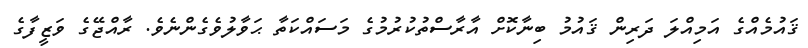
ޤައުމެއްގެ އަމިއްލަ ދަރިން ޤައުމު ބިނާކޮށް އާރާސްތުކުރުމުގެ މަސައްކަތާ ޙަވާލުވެގެންނެވެ. ރާއްޖޭގެ ވަޒީފާގެ